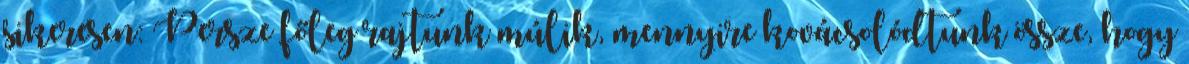
sikeresen: Persze főleg rajtunk múlik, mennyire kovácsolódtunk össze, hogy